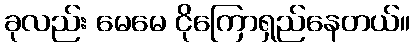
ခုလည်း မေမေ ငိုကြောရှည်နေတယ်။